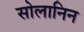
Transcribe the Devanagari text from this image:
सोलानिन